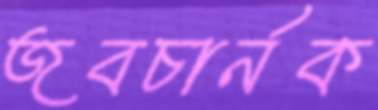
জবচার্নক